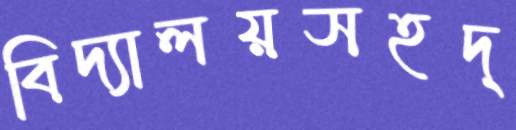
বিদ্যালয়সহদ্